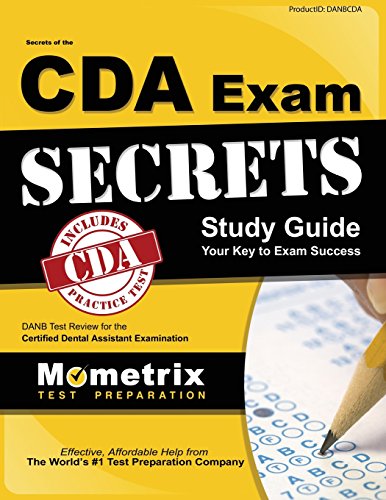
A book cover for Secrets of the CDA Exam Study Guide: DANB Test Review for the Certified Dental Assistant Examination; DANB Exam Secrets Test Prep Team; Medical Books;